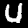
Digit: 4